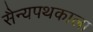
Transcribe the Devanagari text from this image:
सैन्यपथकाला